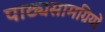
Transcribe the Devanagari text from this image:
पाठ्यसामग्रियों